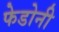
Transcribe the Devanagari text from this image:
फेडोनी